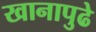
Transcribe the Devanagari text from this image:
खानापुढे